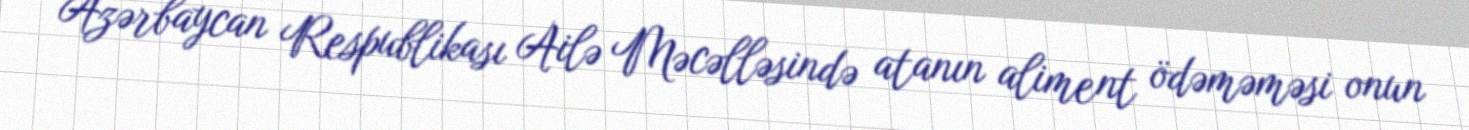
Azərbaycan Respublikası Ailə Məcəlləsində atanın aliment ödəməməsi onun